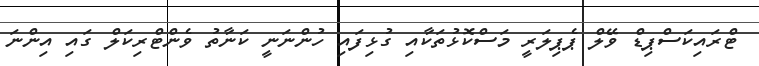
ޓްރައިކަސްޕިޑް ވޭލް ޕެޕިލަރީ މަސްކޮޅުތަކާއި ގުޅިފައި ހުންނަނީ ކަނާތު ވެންޓްރިކަލް ގައި އިންނަ